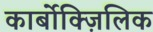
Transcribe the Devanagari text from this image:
कार्बोक्ज़िलिक